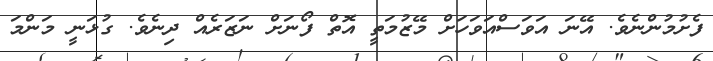
ފެށުމުންނެވެ. އޭނަ އަވަސްއަވަހަށް މޭޒުމަތީ އޮތް ފޯނަށް ނަޒަރެއް ދިނެވެ. ގުޅަނީ މަންމަ